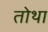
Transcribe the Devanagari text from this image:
तोथा